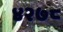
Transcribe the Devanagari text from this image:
४२७८